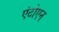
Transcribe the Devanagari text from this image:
एंटोएन